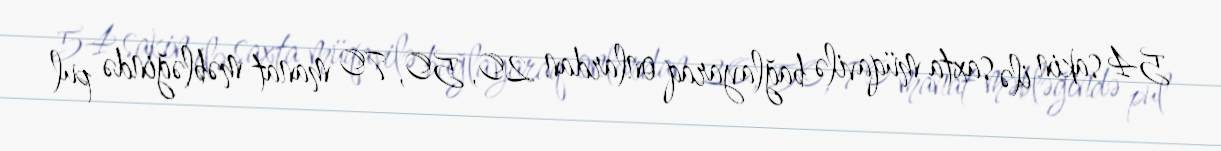
54 sakin ilə saxta müqavilə bağlayaraq onlardan 20, 50, 70 manat məbləğində pul